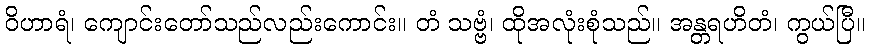
ဝိဟာရံ၊ ကျောင်းတော်သည်လည်းကောင်း။ တံ သဗ္ဗံ၊ ထိုအလုံးစုံသည်။ အန္တရဟိတံ၊ ကွယ်ပြီ။